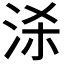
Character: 𭰒